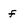
Character: f